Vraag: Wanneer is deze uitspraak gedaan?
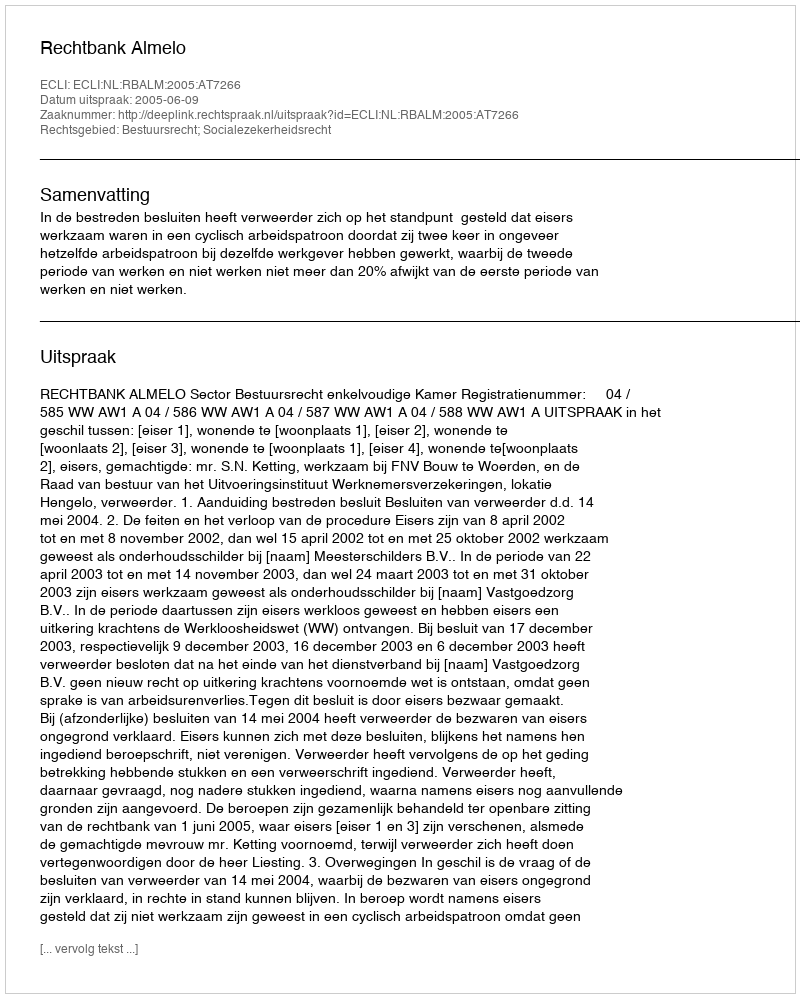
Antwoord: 2005-06-09